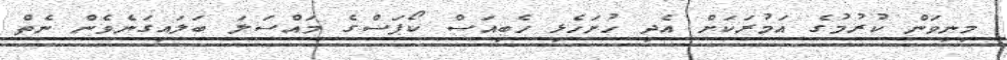
މިނިވަން ކުރުމުގެ އަމުރަކަށް އެދި ހުށަހެޅި ހެބިއަސް ކޯޕަސްގެ މައްސަލަ ބަލައިގަނެވެން ނެތް